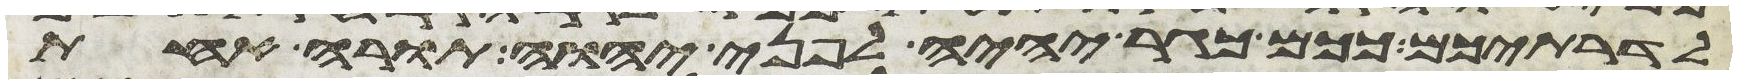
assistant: לדרתיכם ככם כגר יהיה לפני יהוה תורה אחת